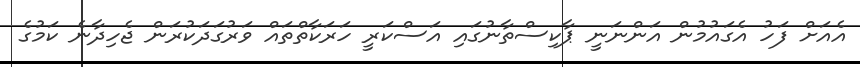
އެއަށް ފަހު އެގައުމުން އަންނަނީ ޕާކިސްތާނުގައި އަސްކަރީ ހަރަކާތްތައް ވަރުގަދަކުރަން ޖެހިދާނެ ކަމުގެ